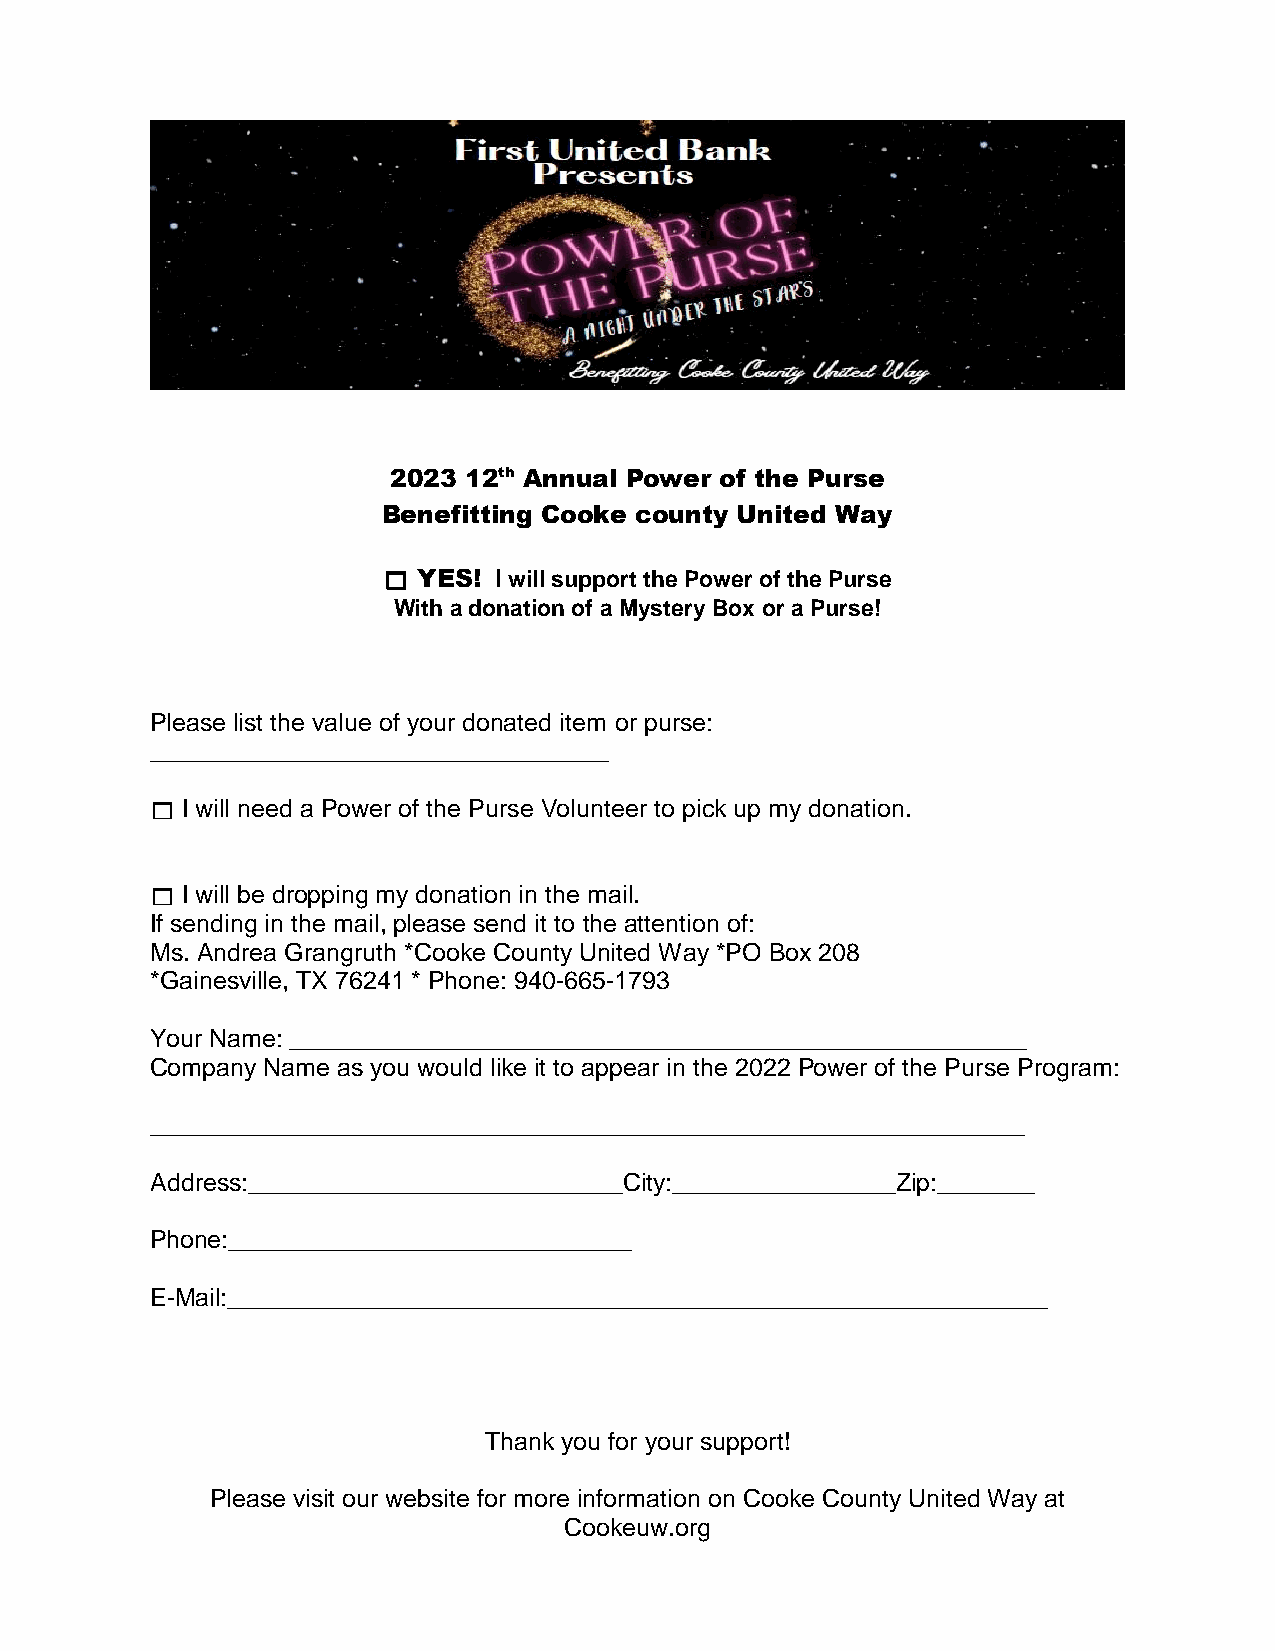
2023 12th Annual Power of the Purse
 Benefitting Cooke county United Way
   YES! I will support the Power of the Purse
 With a donation of a Mystery Box or a Purse!
 Please list the value of your donated item or purse:
 _________________________________
  I will need a Power of the Purse Volunteer to pick up my donation.
  I will be dropping my donation in the mail.
 If sending in the mail, please send it to the attention of:
 Ms. Andrea Grangruth *Cooke County United Way *PO Box 208
 *Gainesville, TX 76241 * Phone: 940-665-1793
 Your Name: _____________________________________________________
 Company Name as you would like it to appear in the 2022 Power of the Purse Program:
 _______________________________________________________________
 Address:___________________________City:________________Zip:_______
 Phone:_____________________________
 E-Mail:___________________________________________________________
 Thank you for your support!
 Please visit our website for more information on Cooke County United Way at
 Cookeuw.org